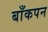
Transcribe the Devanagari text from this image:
बाँकपन